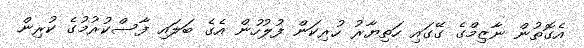
އެގޮތުން ނާޒިމްގެ ގޭގައި ހަތިޔާރު ހުރިކަން ފުލުހުން އެގެ ބަލައި ފާސްކުރުމުގެ ކުރިން